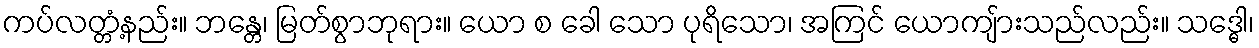
ကပ်လတ္တံ့နည်း။ ဘန္တေ၊ မြတ်စွာဘုရား။ ယော စ ခေါ သော ပုရိသော၊ အကြင် ယောကျ်ားသည်လည်း။ သဒ္ဓေါ၊